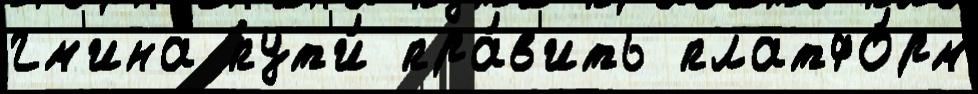
гм'ина пут'и́ пра́в'ить платфо́рм